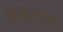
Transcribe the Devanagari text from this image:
प्रंब्धन